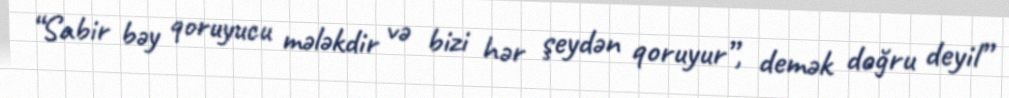
“Sabir bəy qoruyucu mələkdir və bizi hər şeydən qoruyur”, demək doğru deyil”